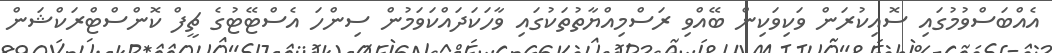
އެއްބަސްވުމުގައި ސޮއިކުރަން ވަކިވަކިން ބޭއްވި ރަސްމިއްޔާތުތަކުގައި ވާހަކަދައްކަވަމުން ސިންހަ އެސްޓޭޓުގެ ޗީފް ކޮންސްޓްރަކްޝަން